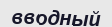
вводный